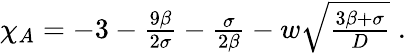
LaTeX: \begin{array}{r}{\chi_{A}=-3-\frac{9\beta}{2\sigma}-\frac{\sigma}{2\beta}-w\sqrt{\frac{3\beta+\sigma}{D}}\; .}\end{array}